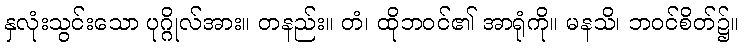
နှလုံးသွင်းသော ပုဂ္ဂိုလ်အား။ တနည်း။ တံ၊ ထိုဘဝင်၏ အာရုံကို။ မနသိ၊ ဘဝင်စိတ်၌။